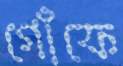
গোঁফে